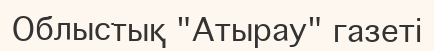
Облыстық "Атырау" газеті